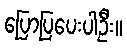
ပြောပြပေးပါဦး။